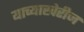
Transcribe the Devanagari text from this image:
याच्याखेरीज